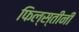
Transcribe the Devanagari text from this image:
फिल्स्तीनी